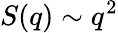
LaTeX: S(q)\sim q^{2}